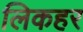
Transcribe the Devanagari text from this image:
लिकहर